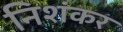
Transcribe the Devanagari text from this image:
निशंकर